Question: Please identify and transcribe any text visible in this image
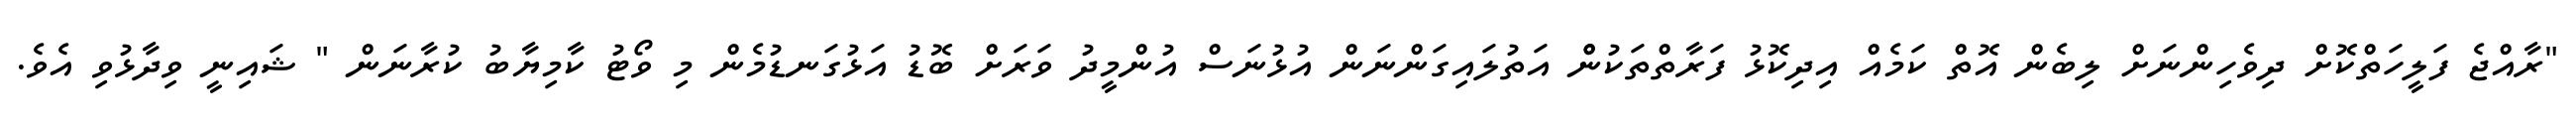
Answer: "ރާއްޖެ ފަލީހަތްކޮށް ދިވެހިންނަށް ލިބެން އޮތް ކަމެއް އިދިކޮޅު ފަރާތްތަކުންް އަތުލައިގަންނަން އުޅުނަސް އުންމީދު ވަރަށް ބޮޑު އަޅުގަނޑުމެން މި ވޯޓު ކާމިޔާބު ކުރާނަން " ޝައިނީ ވިދާޅުވި އެވެ.